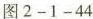
图2-1-44